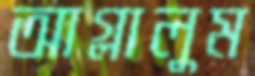
আগ্‌লালুম